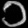
Digit: ၁